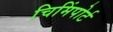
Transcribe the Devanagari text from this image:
चिमिंपोर्ट